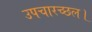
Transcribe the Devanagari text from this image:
उपचारच्छल।